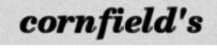
cornfield's